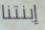
إبنتنا